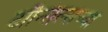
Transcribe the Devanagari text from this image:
टॉन्सिल्सच्या